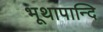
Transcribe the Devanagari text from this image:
भूथापान्दि